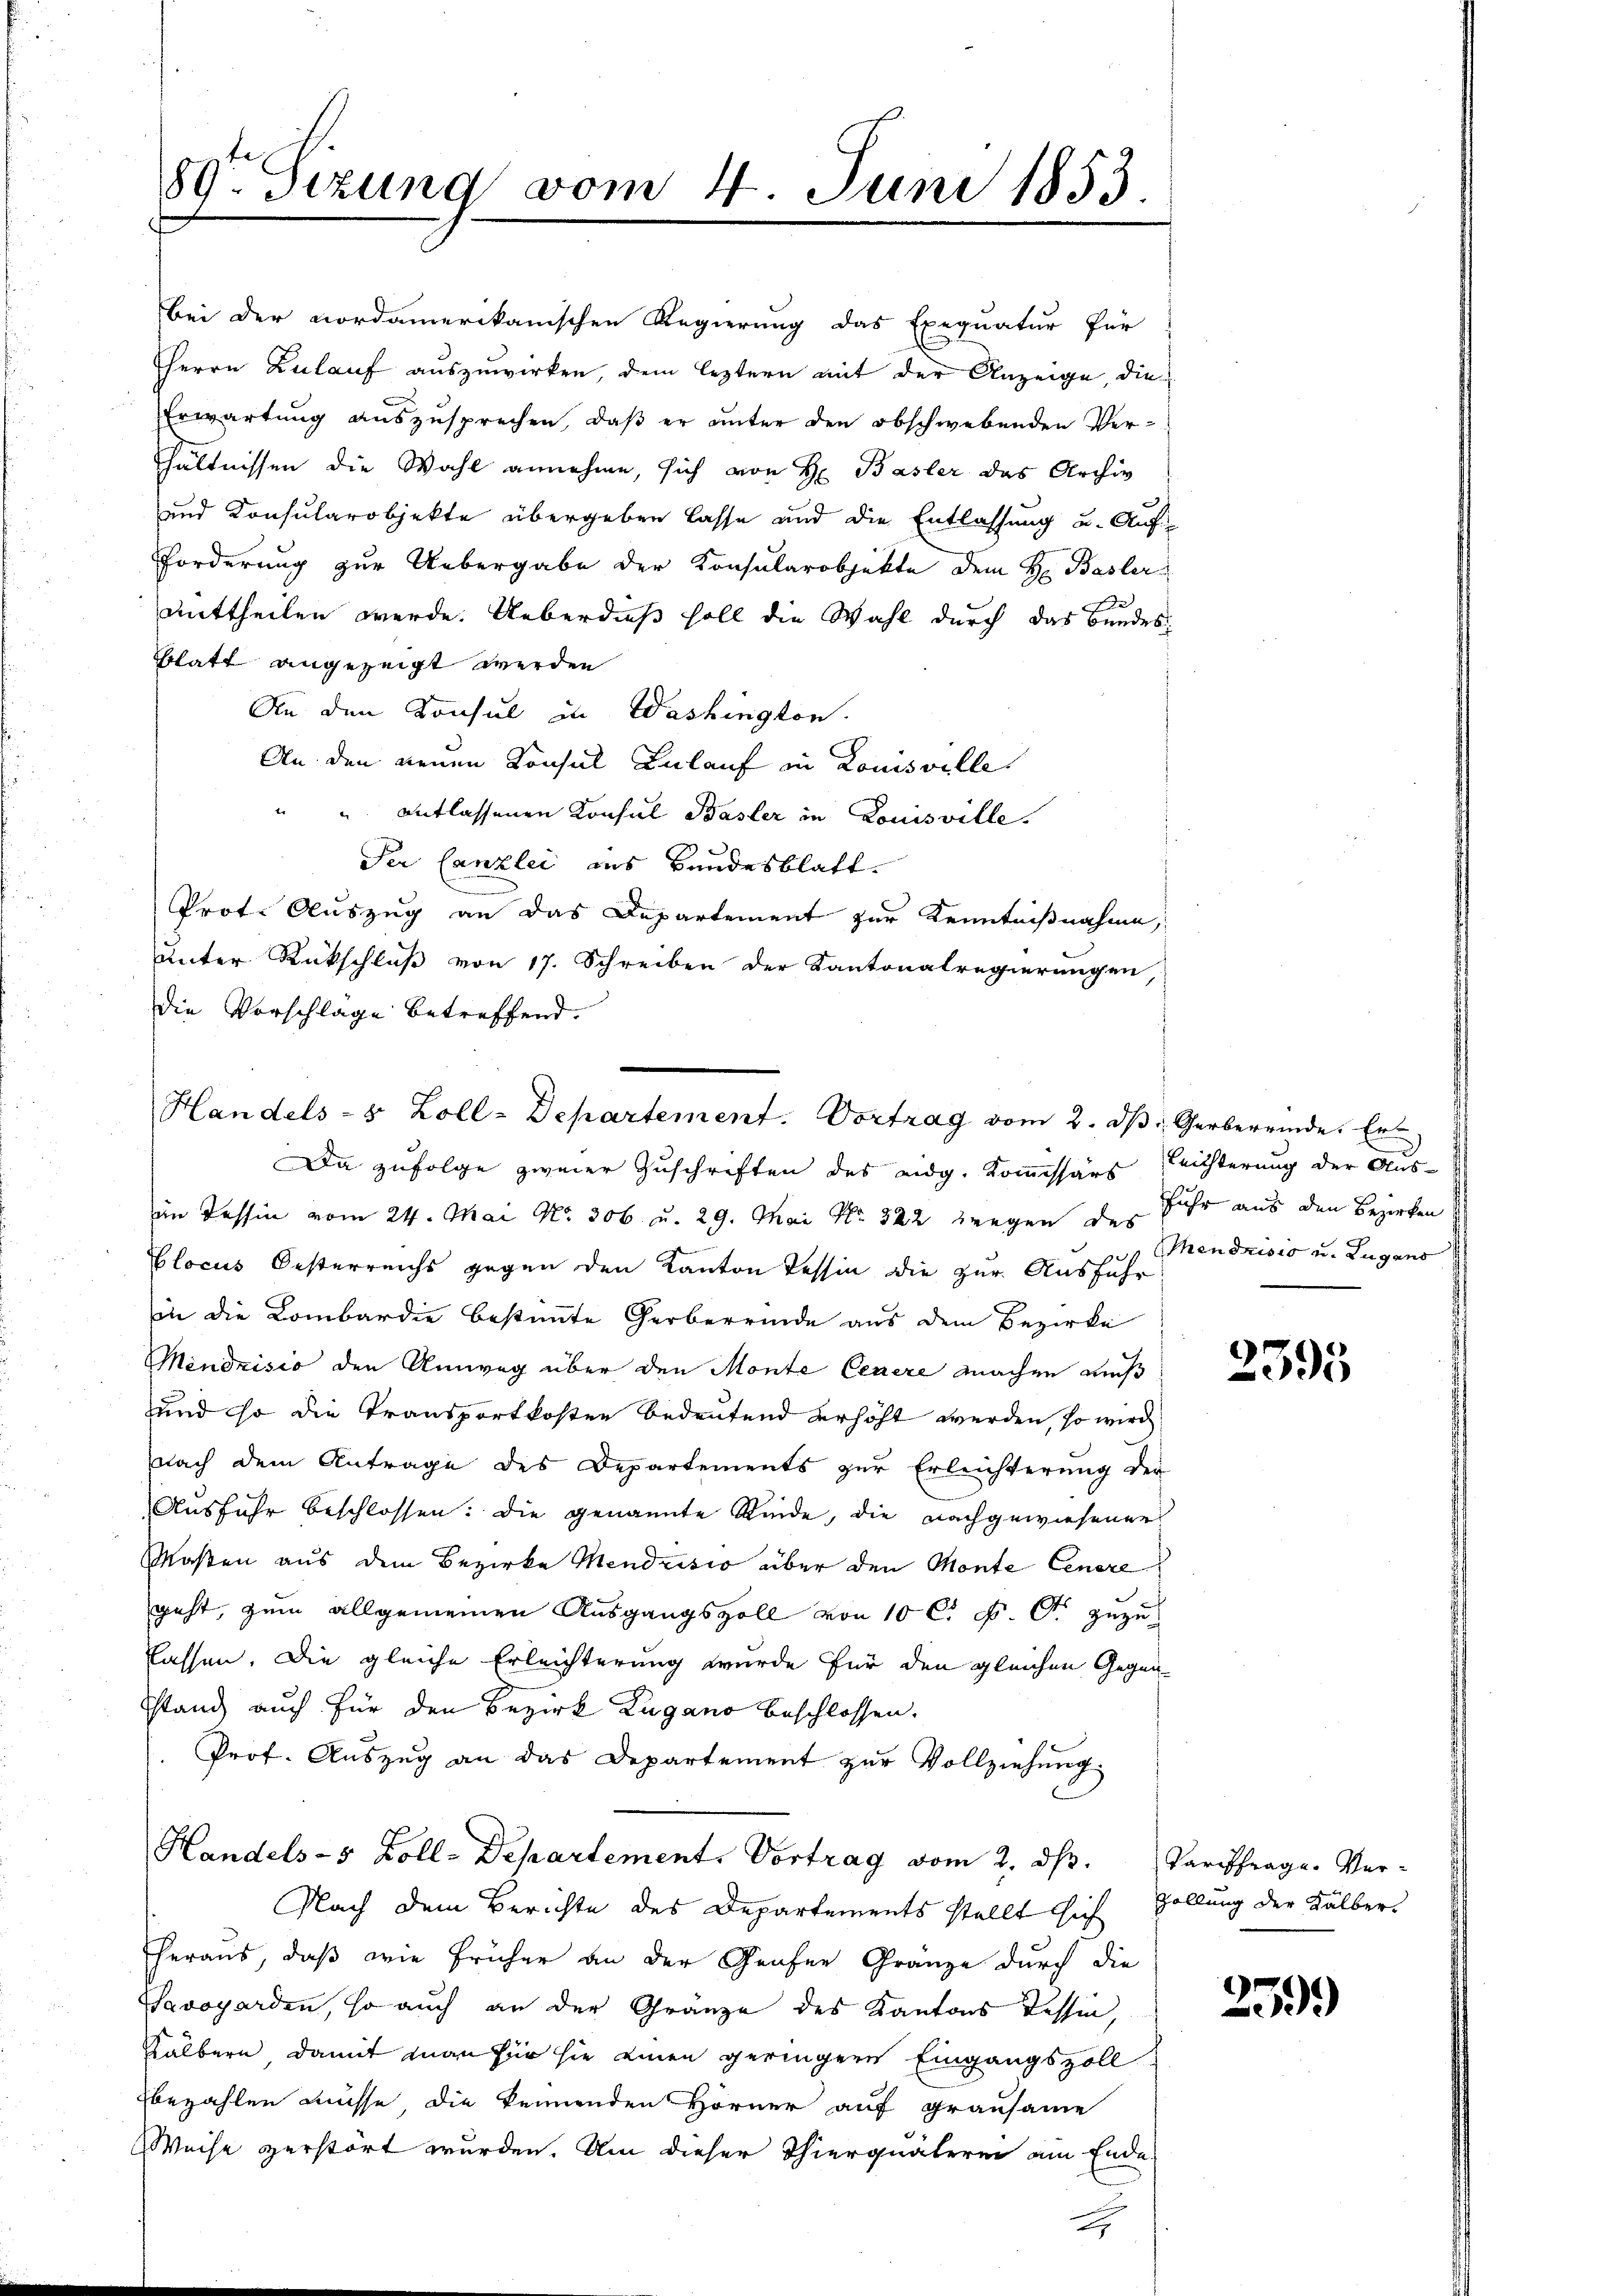
80te Sizung vom 4. Juni 1853.

bei der nordamerikanischen Regierung das Exequatur für
Herrn Zulauf auszuwirken, dem leztern mit der Anzeige, die
Erwartung auszusprechen, daß er unter den obschwebenden Verhältnissen die Wahl annehme, sich von H. Basler das Archiv
und Konsularobjekte übergeben lasse und die Entlassung u. Auf-
Forderung zur Uebergabe der Konsularobjekte dem H. Basler
mittheilen werde. Ueberdieß soll die Wahl durch das Bundesblatt angezeigt werden
An den Konsul in Washington.
An den neuen Konsul Zulauf in Louisville
u entlassenen Konsul Basler in Louisville.
Ser Canzlei aus Bundesblatt.
Prot. Auszug an das Departement zur Kenntnißnahme,
unter Rückschluß von 17. Schreiben der Kantonalregierungen,
Die Vorschlage betreffend.
Da zufolge zweier Zuschriften des eidg. Kommissärs nichterung der Aus-
in Tessin vom 24. Mai No. 306 u. 29. Mai No 322 wegen des
s
blocus Oesterreichs gegen den Kanton Tessin die zur Ausführ
in die Lombardie bestimmte Gerberrinde aus dem Bezirke
Mendrisio den Umweg über den Monte Cenere machen muß
und so die Transportkosten bedeutend erhöht werden, so wird
nach dem Antrage des Departements zur Erleichterung der
Ausfuhr beschlossen: die genannte Kinde, die nachgewiesener
Maßen aus dem Bezirke Mendrisio über den Monte Cenere
geht, zum allgemeinen Ausgangszoll von 10 C. c. fr. zuzulassen. Die gleiche Erleichterung wurde für den gleichen Gegenstand, auch für den Bezirk Zugano beschlossen.
Prof. Auszug an das Departement zur Vollziehung.
Handels-5 Zoll-Departement, Vortrag vom 2. ds. Tariffrage. Ver¬
Nach dem Berichte des Departements stellt sich Zollung der Kälber
heraus, daß wie früher an der Grafer Gränze durch die
avogorden, so auch an der Gränze des Kantons Tessin,
Kälbern, damit man für sie einen geringere Eingangszoll
bezahlen müsse, die kennenden Hörner auf grausame
Weise zerstört wurden. Um dieser Thierquäterei am Ende

Handels- & Zoll-Departement. Vortrag vom 2. ds. Gerbereinde Er

Fuhr aus den Bezirken
Mendrisis u. Zugano

2395

2599